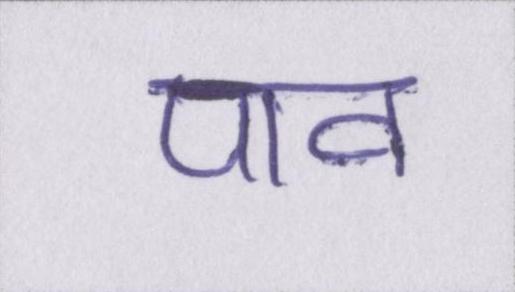
पाव